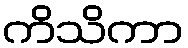
ကိသိကာ